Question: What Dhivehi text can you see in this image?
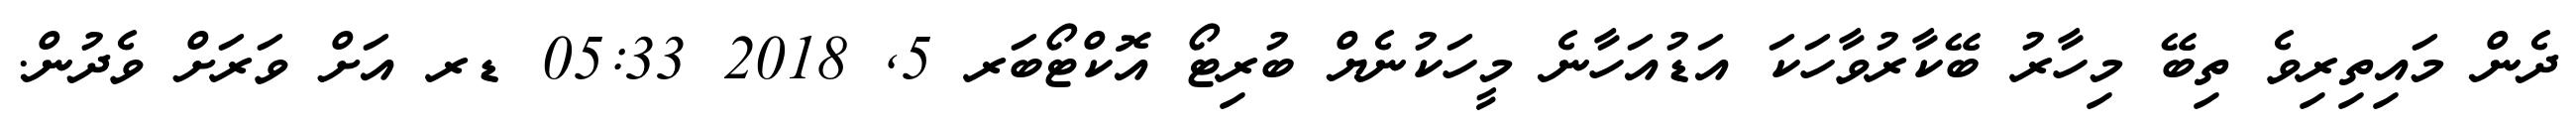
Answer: ދެން މައިތިރިވެ ތިބޭ މިހާރު ބޭކާރުވާހަކަ އަޑުއަހާނެ މީހަކުނެޔް ބުރިޓޯ އޮކްޓޯބަރ 5, 2018 05:33 ޑރ އަށް ވަރަށް ވެދުން.